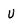
Character: U